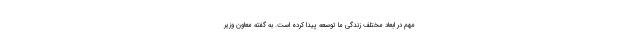
مهم در ابعاد مختلف زندگی ما توسعه پیدا کرده است. به‌ گفته معاون وزیر